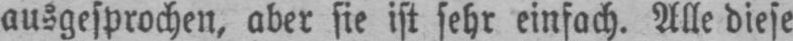
ausgesprochen, aber sie ist sehr einfach. Alle diese